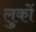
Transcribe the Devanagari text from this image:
लुकों